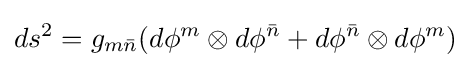
ds^{2}=g_{m{\bar {n}}}(d\phi ^{m}\otimes d\phi ^{\bar {n}}+d\phi ^{\bar {n}}\otimes d\phi ^{m})